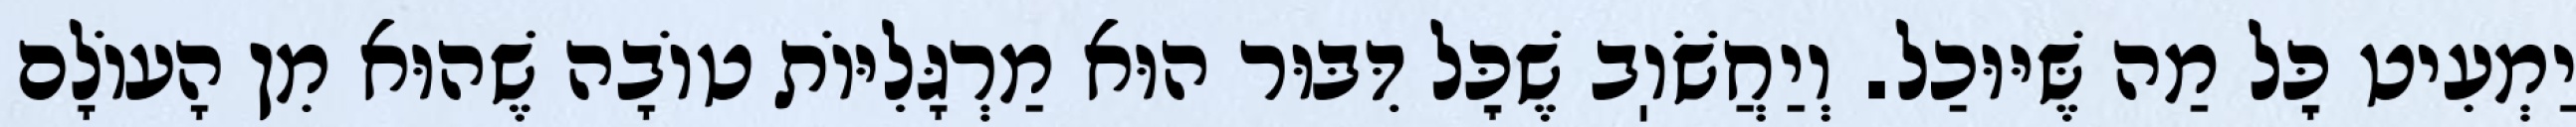
יַמְעִיט כׇּל מַה שֶּׁיּוּכַל. וְיַחֲשֹׁוֽב שֶׁכׇּל דִּבּוּר הוּא מַרְגָּלִיּוֹת טוֹבָה שֶׁהוּא מִן הָעוֹלָם